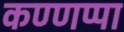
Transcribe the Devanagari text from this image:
कण्णप्पा